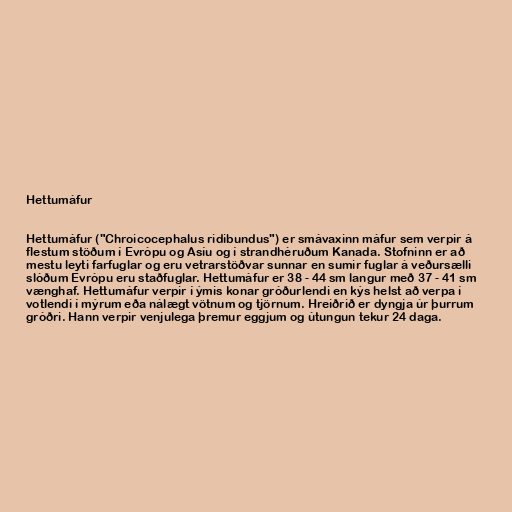
Hettumáfur

Hettumáfur ("Chroicocephalus ridibundus") er smávaxinn máfur sem verpir á
flestum stöðum í Evrópu og Asíu og í strandhéruðum Kanada. Stofninn er að
mestu leyti farfuglar og eru vetrarstöðvar sunnar en sumir fuglar á veðursælli
slóðum Evrópu eru staðfuglar. Hettumáfur er 38 - 44 sm langur með 37 - 41 sm
vænghaf. Hettumáfur verpir í ýmis konar gróðurlendi en kýs helst að verpa í
votlendi í mýrum eða nálægt vötnum og tjörnum. Hreiðrið er dyngja úr þurrum
gróðri. Hann verpir venjulega þremur eggjum og útungun tekur 24 daga.